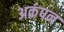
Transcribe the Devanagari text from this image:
अकंपन